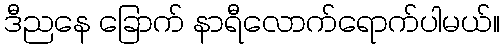
ဒီညနေ ခြောက် နာရီလောက်ရောက်ပါမယ်။